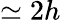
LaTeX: \simeq 2h